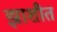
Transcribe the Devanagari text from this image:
झाशीत